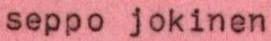
seppo jokinen